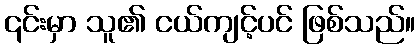
၎င်းမှာ သူ၏ ငယ်ကျင့်ပင် ဖြစ်သည်။